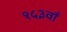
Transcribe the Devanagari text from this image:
१५३वाँ